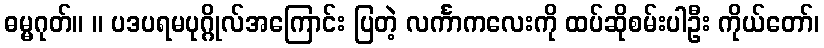
ဓမ္မဂုတ်။ ။ ပဒပရမပုဂ္ဂိုလ်အကြောင်း ပြတဲ့ လင်္ကာကလေးကို ထပ်ဆိုစမ်းပါဦး ကိုယ်တော်၊